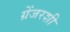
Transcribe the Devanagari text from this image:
ग्रेंजरशी